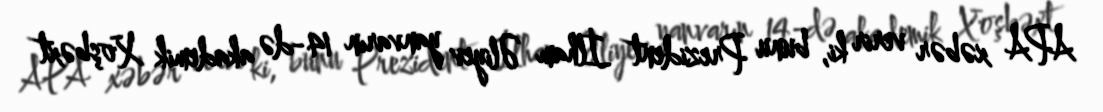
APA xəbər verir ki, bunu Prezident İlham Əliyev yanvarın 14-də akademik Xoşbəxt